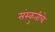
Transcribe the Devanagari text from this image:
संस्कुतीचे